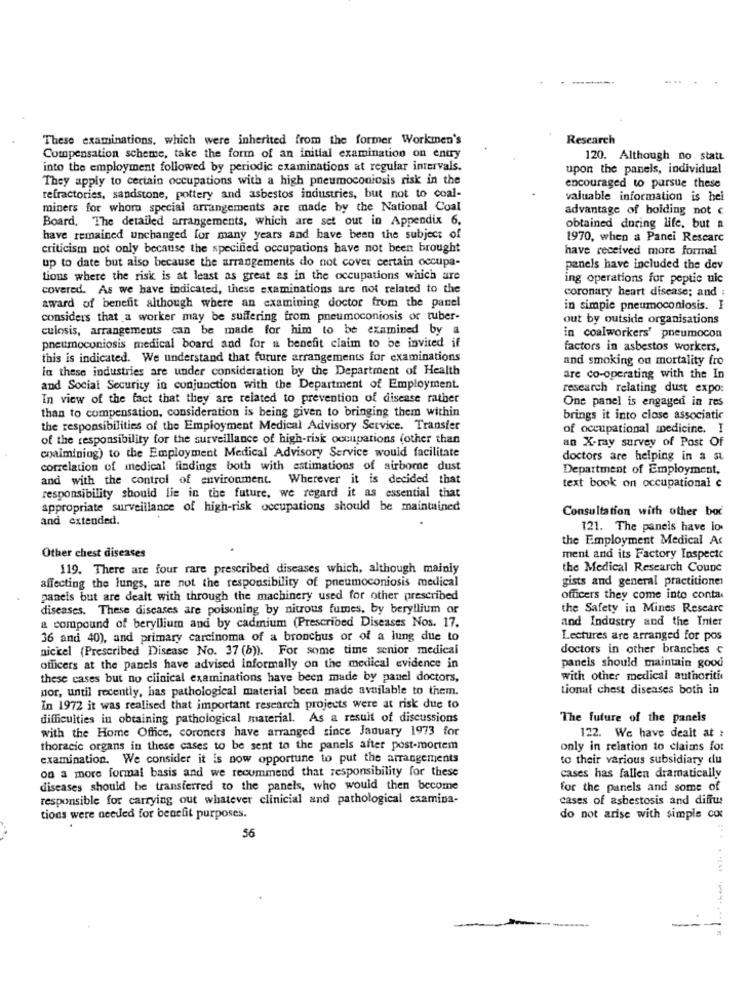
These examinations, which were inherited from the former Workmen's
Research
Compensation scheme, take the form of an initial examination on entry
120. Although no statt
into the employment followed by periodic examinations at regular intervals.
upon the panels, individual
They apply to certain occupations with a high pneumoconiosis risk in the
encouraged to pursue these
refractories, sandstone, pottery and asbestos industries, but not to coal-
valuable information is hei
miners for whoma special arrangements are made by the National Coal
advantage of bolding not c
Board, The detailed arrangements, which are set out in Appendix 6.
obtained during life, but a
have remained unchanged for many years and have been the subject of
1970, when a Panei Researc
criticism not only because the specified occupations have not been brought
have received more formal
up to date but also because the arrangements do not cover certain occupa-
panels have included the dev
tions where the risk is at least as great es in the occupations which are
ing operations for peptic ulc
covered. As we have indicated, these examinations are not related to the
coronary heart disease; and :
award of benefit although where an examining doctor from the panel
in simple pneumoconiosis. I
considers that a worker may be suffering from pneumoconiosis or tuber-
out by outside organisations
culosis, arrangements can be made for him to be examined by
in coalworkers' pneumocon
pneumoconiosis medical board and for a benefit claim to be invited if
factors in asbestos workers,
this is indicated. We understand that future arrangements for examinations
and smoking ou mortality fro
in these industries are under consideration by the Department of Health
are co-operating with the In
and Social Security in conjunction with the Department of Employment.
research relating dust expo:
In view of the fact that they are related to prevention of disease rather
One panel is engaged in res
than to compensation, consideration is being given to bringing them within
brings it into close associatic
the responsibilities of the Employment Medical Advisory Service. Transfer
of occupational medicine. I
of the responsibility for the surveillance of high-risk occupations (other than
an X-ray survey of Post Of
coalmining) to the Employment Medical Advisory Service would facilitate
doctors are helping in a su
correlation of medical findings both with estimations of airborne dust
Department of Employment,
and with the control of environment. Wherever it is decided that
responsibility should lie in the future. we regard it as essential that
text book on occupational c
appropriate surveillance of high-risk occupations should be maintained
Consultation with other bor
and extended.
121. The panels have los
the Employment Medical Ac
Other chest diseases
ment and its Factory Inspecte
119. There are four rare prescribed diseases which, although mainly
the Medical Research Counc
affecting the lungs, are not the responsibility of pneumoconiosis medical
gists and general practitioner
panels but are dealt with through the machinery used for other prescribed
officers they come into conta.
diseases. These discases are poisoning by nitrous fumes, by beryllium or
the Safety in Mines Researc
and Industry and the Inter
a compound of beryllium and by cadmium (Prescribed Diseases Nos. 17.
36 and 40), and primary carcinoma of a bronchus or of a lung due to
Lectures are arranged for pos
nickel (Prescribed Disease No. 37 (b)). For some time senior medical
doctors in other branches c
officers at the panels have advised informally on the medical evidence in
paneis should maintain good
these cases but no ciinical examinations have been made by panel doctors,
with other medical authoritis
nor, until recently, has pathological material been made available to them.
tional chest diseases both in
In 1972 it was realised that important research projects were at risk due to
difficulties in obtaining pathological material. As a result of discussions
The future of the panels
with the Home Office, coroners have arranged since January 1973 for
122. We have dealt at :
thoracic organs in these cases to be sent to the panels after post-mortem
only in relation to claims for
examination. We consider it is now opportune to put the arrangements
to their various subsidiary du
on a more formal basis and we recommend that responsibility for these
cases has fallen dramatically
diseases should be transferred to the panels, who would then become
for the panels and some of
responsible for carrying out whatever clinicial and pathological examina-
cases of asbestosis and diffus
tions were needed for benefit purposes.
do not arise with simple com
56
-